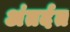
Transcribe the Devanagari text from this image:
अंतर्दत